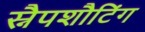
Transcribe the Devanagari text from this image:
स्नैपशौटिंग